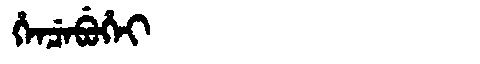
Manchu: ᡥᡝᠨᠴᡝᠪᡠᡥᡝᡳ
Romanization: HENCEBUHEI